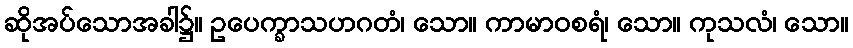
ဆိုအပ်သောအခါ၌။ ဥပေက္ခာသဟဂတံ၊ သော။ ကာမာဝစရံ၊ သော။ ကုသလံ၊ သော။